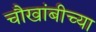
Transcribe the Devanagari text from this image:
चौखांबीच्या